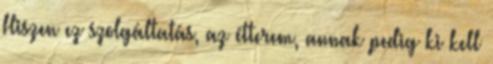
Hiszen ez szolgáltatás, az étterem, annak pedig ki kell